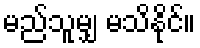
မည်သူမျှ မသိနိုင်။